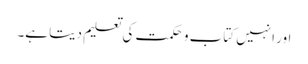
اور انہیں کتاب و حکمت کی تعلیم دیتا ہے۔